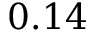
0 . 1 4